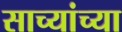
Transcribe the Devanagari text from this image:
साच्यांच्या